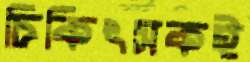
চিকিৎসকই